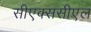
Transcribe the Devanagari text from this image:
सीएक्ससीएल